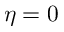
\eta = 0